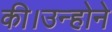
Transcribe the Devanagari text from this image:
की।उन्होने